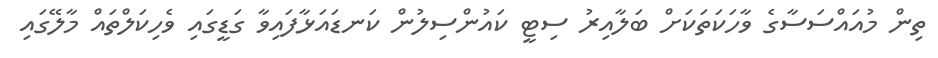
ތިން މުއައްސަސާގެ ވާހަކަތަކަށް ބަލާއިރު ސިޓީ ކައުންސިލުން ކަނޑައަޅާފައިވާ ގަޑީގައި ވެހިކަލްތައް މާލޭގައި